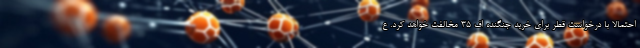
احتمالا با درخواست قطر برای خرید جنگنده اف ۳۵ مخالفت خواهد کرد. ع